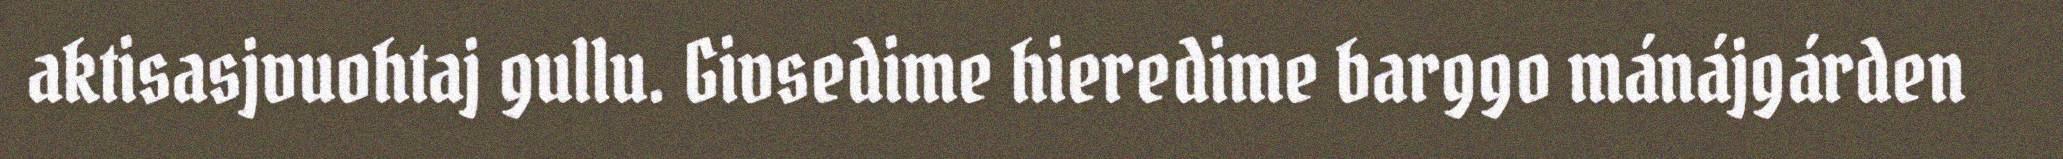
aktisasjvuohtaj gullu. Givsedime hieredime barggo mánájgárden